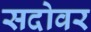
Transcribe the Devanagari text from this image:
सदोवर